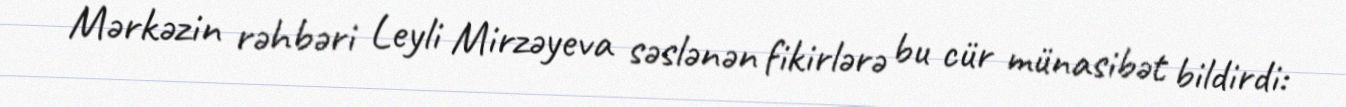
Mərkəzin rəhbəri Leyli Mirzəyeva səslənən fikirlərə bu cür münasibət bildirdi: